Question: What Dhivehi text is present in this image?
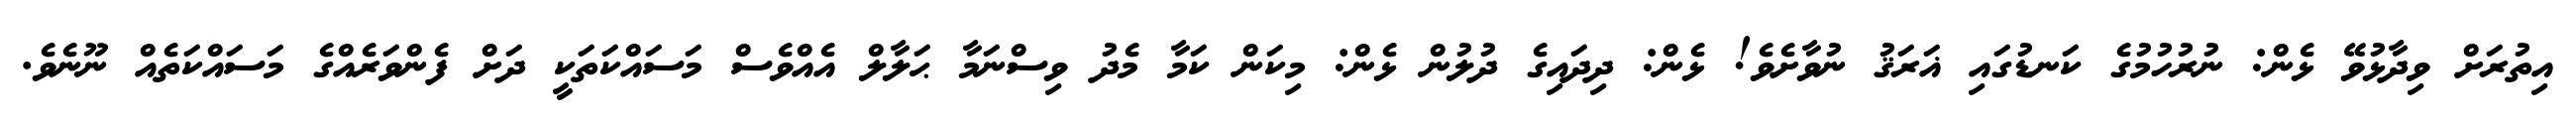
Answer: އިތުރަށް ވިދާޅުވޭ ޅެން: ނުރުހުމުގެ ކަނޑުގައި ޣަރަޤު ނުވާށެވެ! ޅެން: ދިދައިގެ ދުލުން ޅެން: މިކަން ކަމާ މެދު ވިސްނަމާ ޙަލާލް އެއްވެސް މަސައްކަތަކީ ދަށް ފެންވަރެއްގެ މަސައްކަތެއް ނޫނެވެ.